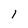
Character: l